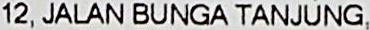
12, JALAN BUNGA TANJUNG,